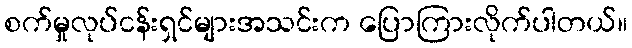
စက်မှုလုပ်ငန်းရှင်များအသင်းက ပြောကြားလိုက်ပါတယ်။